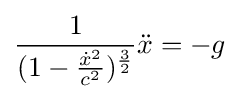
{\frac {1}{(1-{\frac {{\dot {x}}^{2}}{c^{2}}})^{\frac {3}{2}}}}{\ddot {x}}=-g